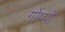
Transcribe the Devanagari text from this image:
गोप्पो